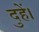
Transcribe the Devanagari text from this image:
दुहें।